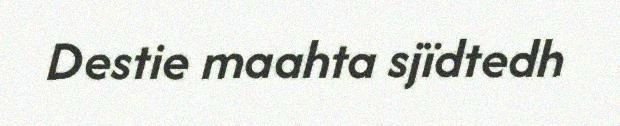
Destie maahta sjïdtedh